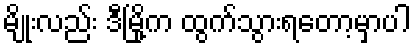
မျိုးလည်း ဒီမြို့က ထွက်သွားရတော့မှာပါ